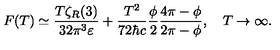
F ( T ) \simeq \frac { T \zeta _ { R } ( 3 ) } { 3 2 \pi ^ { 3 } \varepsilon } + \frac { T ^ { 2 } } { 7 2 \hbar c } \frac { \phi } { 2 } \frac { 4 \pi - \phi } { 2 \pi - \phi } , \quad T \to \infty { . }